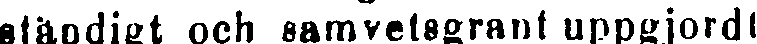
ständigt och samvetsgrant uppgjorde